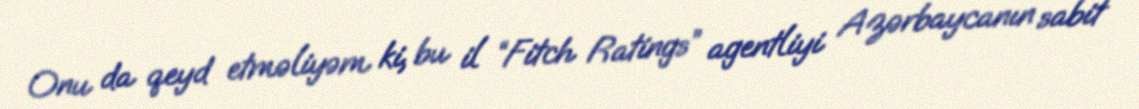
Onu da qeyd etməliyəm ki, bu il “Fitch Ratings” agentliyi Azərbaycanın sabit